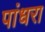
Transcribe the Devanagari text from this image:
पांधरा